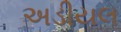
અડીયલ